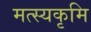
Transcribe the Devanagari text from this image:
मत्स्यकृमि